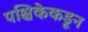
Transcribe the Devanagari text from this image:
पश्चिकेकडून